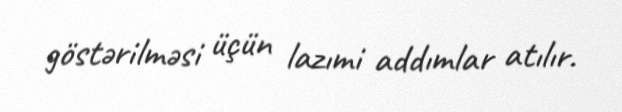
göstərilməsi üçün lazımi addımlar atılır.